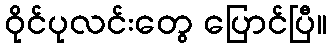
ဝိုင်ပုလင်းတွေ ပြောင်ပြီ။